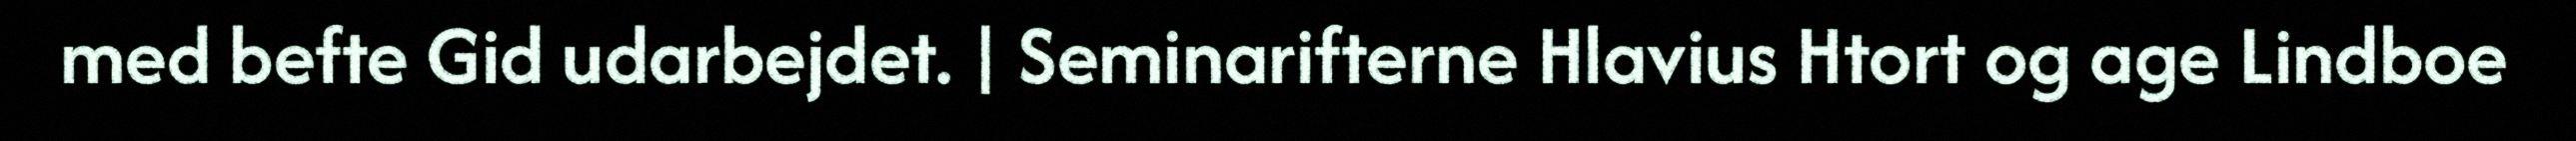
med befte Gid udarbejdet. | Seminarifterne Hlavius Htort og age Lindboe